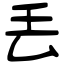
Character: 丢